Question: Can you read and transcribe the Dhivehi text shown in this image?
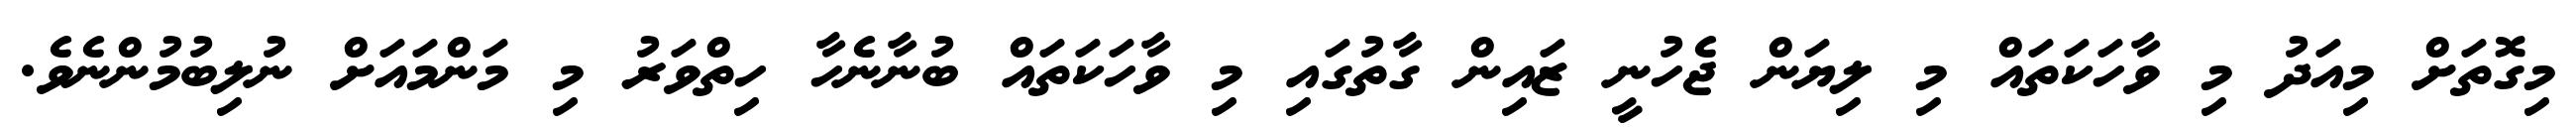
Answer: މިގޮތަށް މިއަދު މި ވާހަކަތައް މި ލިޔަން ޖެހުނީ ޒައިން ގާތުގައި މި ވާހަކަތައް ބުނާނެހާ ހިތްވަރު މި މަންމައަށް ނުލިބުމުންނެވެ.